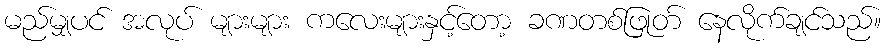
မည်မျှပင် အလုပ် များများ ကလေးများနှင့်တော့ ခဏတစ်ဖြုတ် နေလိုက်ချင်သည်။